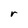
Character: r